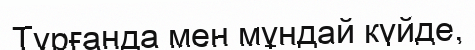
Тұрғанда мен мұндай күйде,